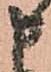
申